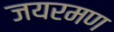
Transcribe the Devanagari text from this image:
जयरमण